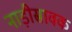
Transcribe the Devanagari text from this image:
नाड़ीस्रावक